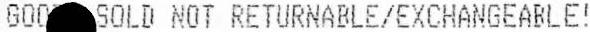
GOOD SOLD NOT RETURNABLE/EXCHANGEABLE!